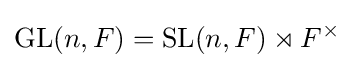
\operatorname {GL} (n,F)=\operatorname {SL} (n,F)\rtimes F^{\times }